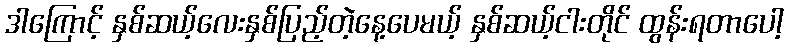
ဒါကြောင့် နှစ်ဆယ့်လေးနှစ်ပြည့်တဲ့နေ့ပေမယ့် နှစ်ဆယ့်ငါးတိုင် ထွန်းရတာပေါ့